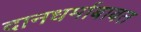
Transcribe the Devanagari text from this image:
दानधर्माबाबत